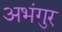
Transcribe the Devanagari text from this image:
अभंगुर